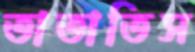
তাতাতিস